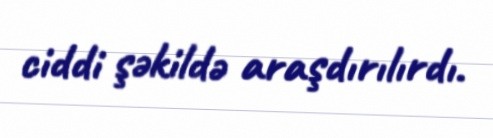
ciddi şəkildə araşdırılırdı.